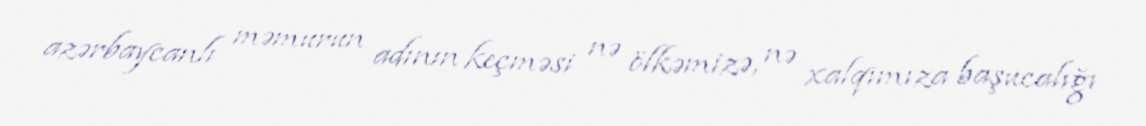
azərbaycanlı məmurun adının keçməsi nə ölkəmizə, nə xalqımıza başucalığı